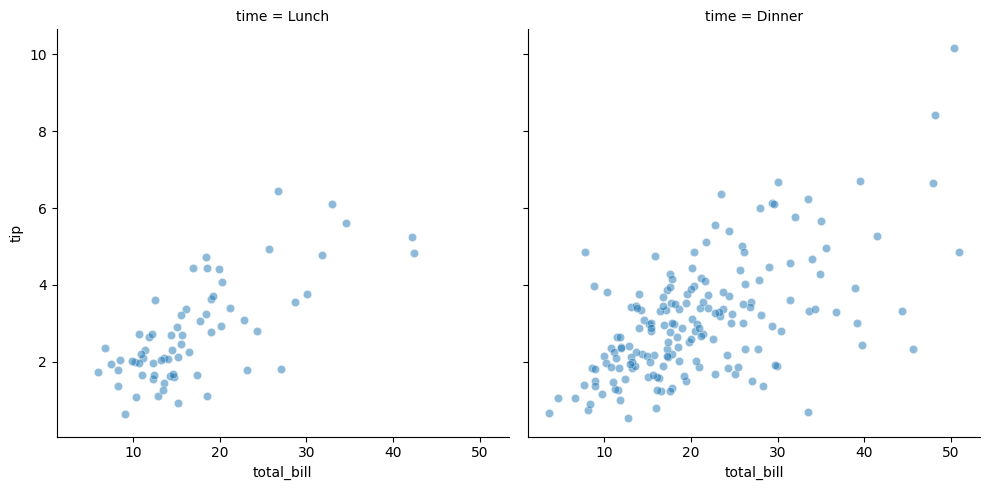
python, seaborn, relplot, alpha=0.5